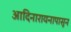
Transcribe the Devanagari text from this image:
आदिनारायनापासून